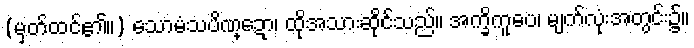
(မှတ်ထင်၏။) သောမံသပိဏ္ဍော၊ ထိုအသားဆိုင်သည်။ အက္ခိကူပေ၊ မျက်လုံးအတွင်း၌။